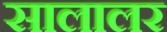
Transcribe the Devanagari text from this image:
सालालर